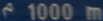
1000 m